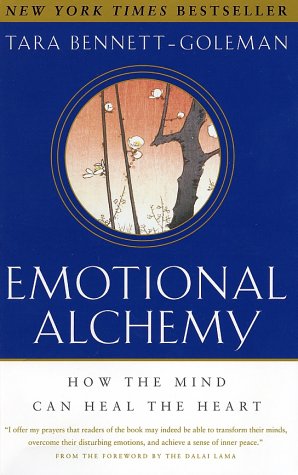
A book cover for Emotional Alchemy: How the Mind Can Heal the Heart; Tara Bennett-Goleman; Self-Help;